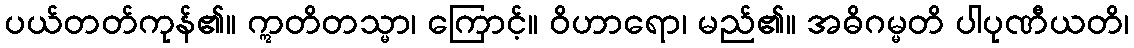
ပယ်တတ်ကုန်၏။ ဣတိတသ္မာ၊ ကြောင့်။ ဝိဟာရော၊ မည်၏။ အဓိဂမ္မတိ ပါပုဏီယတိ၊